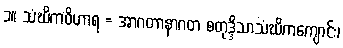
၁။ သံဃိကဝိဟာရ = အာဂတာနာဂတ စတုဒ္ဒိသာသံဃိကကျောင်း၊